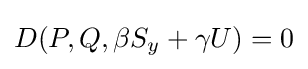
D(P,Q,\beta S_{y}+\gamma U)=0